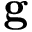
\mathbf { g }